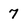
Character: 7